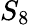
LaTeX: S_{8}